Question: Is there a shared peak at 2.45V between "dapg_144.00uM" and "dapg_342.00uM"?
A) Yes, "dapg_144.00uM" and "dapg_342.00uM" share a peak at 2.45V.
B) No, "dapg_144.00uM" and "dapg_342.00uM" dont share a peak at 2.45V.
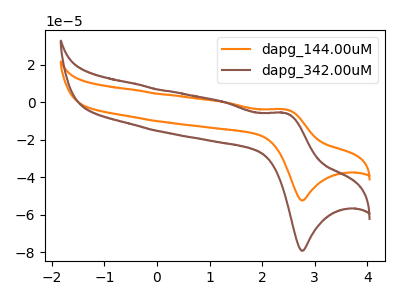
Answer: <think>The orange curve "dapg_144.00uM" has an anodic peak at (2.45V, -3.85uA) and a cathodic peak at (2.75V, -52.35uA). The brown curve "dapg_342.00uM" has an anodic peak at (2.45V, -5.80uA) and a cathodic peak at (2.75V, -79.10uA).</think>
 <answer>A) Yes, "dapg_144.00uM" and "dapg_342.00uM" share a peak at 2.45V.</answer>
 <eval>A</eval>